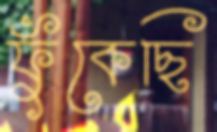
ফুঁকেছি